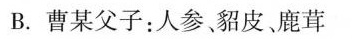
B.曹某父子：人参，貂皮、鹿茸